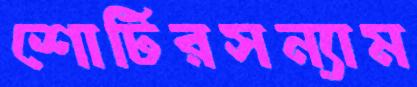
শোটিরসন্যাম